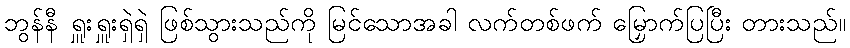
ဘွန်နီ ရှူးရှူးရှဲရှဲ ဖြစ်သွားသည်ကို မြင်သောအခါ လက်တစ်ဖက် မြှောက်ပြပြီး တားသည်။